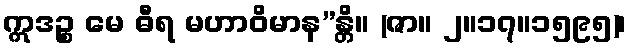
ဣဒဉ္စ မေ ဓီရ မဟာဝိမာန”န္တိ။ (ဇာ။ ၂။၁၇။၁၅၉၅)၊